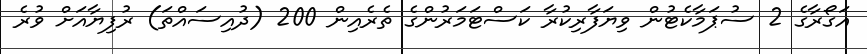
އަގޯރާގެ 2 ސުޕަމާކެޓުން ވިޔަފާރިކުރާ ކަސްޓަމަރުންގެ ތެރެއިން 200 (ދުއިސައްތަ) ރުފިޔާއަށް ވުރެ